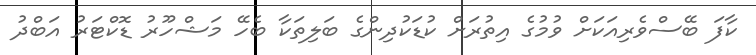
ކާފަ ބޭސްވެރިއަކަށް ވުމުގެ އިތުރަށް ކުޑަކުދިންގެ ބަލިތަކާ ބެހޭ މަޝްހޫރު ޑޮކްޓަރު އަބްދު